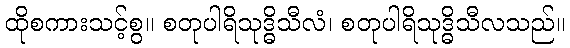
ထိုစကားသင့်စွ။ စတုပါရိသုဒ္ဓိသီလံ၊ စတုပါရိသုဒ္ဓိသီလသည်။